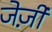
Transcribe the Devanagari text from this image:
जेर्ज़ी